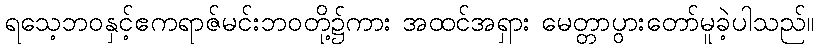
ရသေ့ဘဝနှင့်ဧကရာဇ်မင်းဘဝတို့၌ကား အထင်အရှား မေတ္တာပွားတော်မူခဲ့ပါသည်။